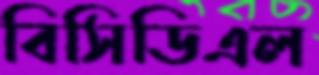
বিসিডিএল